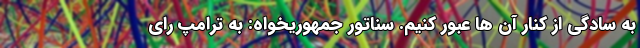
به سادگی از کنار آن ها عبور کنیم. سناتور جمهوریخواه: به ترامپ رای